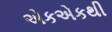
એકએકથી